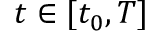
t \in [ t _ { 0 } , T ]